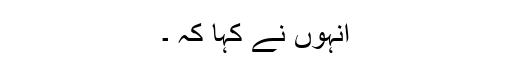
انہوں نے کہا کہ ۔